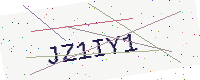
Text: JZ1IY1